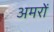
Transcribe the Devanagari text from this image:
अमरों